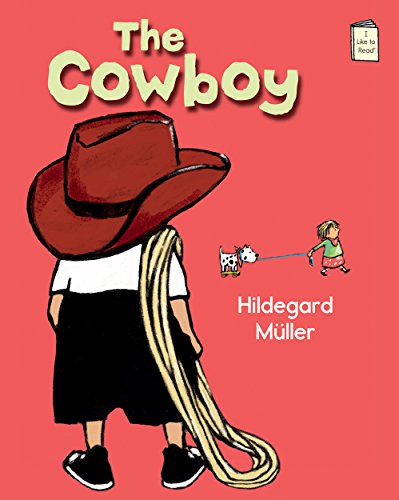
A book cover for The Cowboy (I Like to Read) (I Like to Read Books); Hildegard MÃ¼ller; Children's Books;